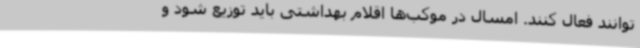
توانند فعال کنند. امسال در موکب‌ها اقلام بهداشتی باید توزیع شود و